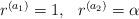
LaTeX: \begin{align*} \begin{array}{cc} r^{(a_1)} = 1, & r^{(a_2)} = \alpha\end{array}\end{align*}